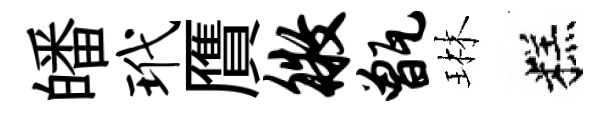
皤玳贋徵甑琳糕